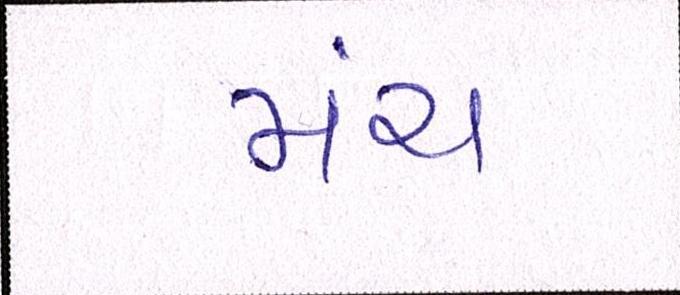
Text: મંચ